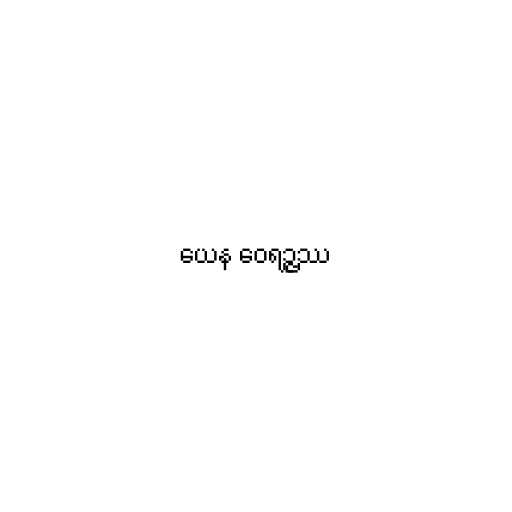
ယေန ဝေရဉ္ဇဿ